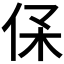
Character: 𠈃